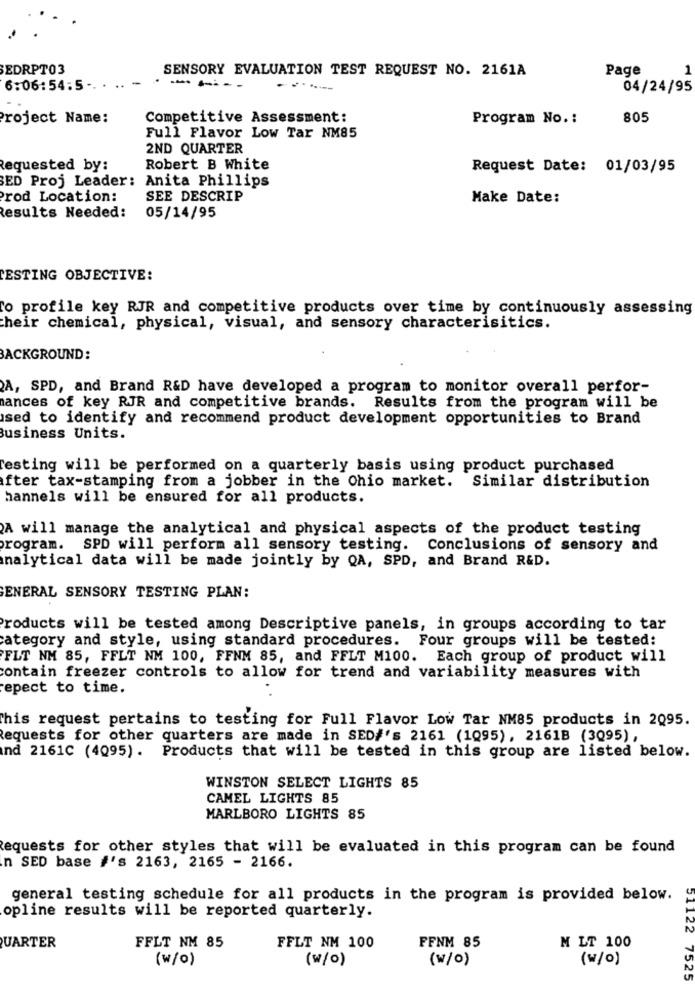
EDRPT03
SENSORY EVALUATION TEST REQUEST NO. 2161A
Page
1
6:06:54:5 -
----
04/24/95
Project Name:
Competitive Assessment:
Program No. :
805
Full Flavor Low Tar NM85
2ND QUARTER
Requested by:
Robert B White
Request Date: 01/03/95
Anita Phillips
SED Proj Leader:
Prod Location:
SEE DESCRIP
Make Date:
Results Needed:
05/14/95
ESTING OBJECTIVE:
To profile key RJR and competitive products over time by continuously assessing
their chemical, physical, visual, and sensory characterisitics.
BACKGROUND:
A, SPD, and Brand R&D have developed a program to monitor overall perfor-
ances of key RJR and competitive brands. Results from the program will be
sed to identify and recommend product development opportunities to Brand
Business Units.
Testing will be performed on a quarterly basis using product purchased
after tax-stamping from a jobber in the Ohio market. Similar distribution
hannels will be ensured for all products.
A will manage the analytical and physical aspects of the product testing
program. SPD will perform all sensory testing. Conclusions of sensory and
analytical data will be made jointly by QA, SPD, and Brand R&D.
ENERAL SENSORY TESTING PLAN:
Products will be tested among Descriptive panels, in groups according to tar
category and style, using standard procedures. Four groups will be tested:
FLT NM 85, FFLT NM 100, FFNM 85, and FFLT M100. Each group of product will
contain freezer controls to allow for trend and variability measures with
epect to time.
This request pertains to testing for Full Flavor Low Tar NM85 products in 2095.
Requests for other quarters are made in SED#'s 2161 (1Q95), 2161B (3095),
nd 2161C (4095). Products that will be tested in this group are listed below.
WINSTON SELECT LIGHTS 85
CAMEL LIGHTS 85
MARLBORO LIGHTS 85
Requests for other styles that will be evaluated in this program can be found
n SED base #'s 2163, 2165 - 2166.
general testing schedule for all products in the program is provided below.
opline results will be reported quarterly.
51122
QUARTER
FFLT NM 85
FFLT NM 100
FFNM 85
M LT 100
(w/o)
(w/o)
(w/O)
(w/o)
7525